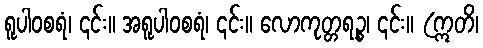
ရူပါဝစရံ၊ ၎င်း။ အရူပါဝစရံ၊ ၎င်း။ လောကုတ္တရဉ္စ၊ ၎င်း။ (ဣတိ၊